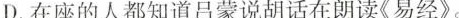
D.在座的人都知道吕蒙说胡话在朗读《易经》。